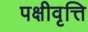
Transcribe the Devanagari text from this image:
पक्षीवृत्ति